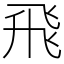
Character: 飛